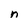
Character: n